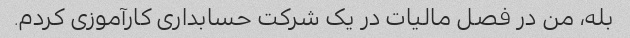
بله، من در فصل مالیات در یک شرکت حسابداری کارآموزی کردم.